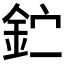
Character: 𰼣